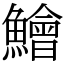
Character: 鱠